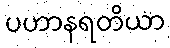
ပဟာနရတိယာ